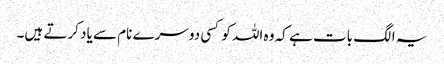
یہ الگ بات ہے کہ وہ اللہ کو کسی دوسرے نام سے یاد کرتے ہیں۔